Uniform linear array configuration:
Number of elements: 8
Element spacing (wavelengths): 0.75
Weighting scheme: kaiser
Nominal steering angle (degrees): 0
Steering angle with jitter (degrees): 1.399
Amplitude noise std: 0.05
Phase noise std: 0.05

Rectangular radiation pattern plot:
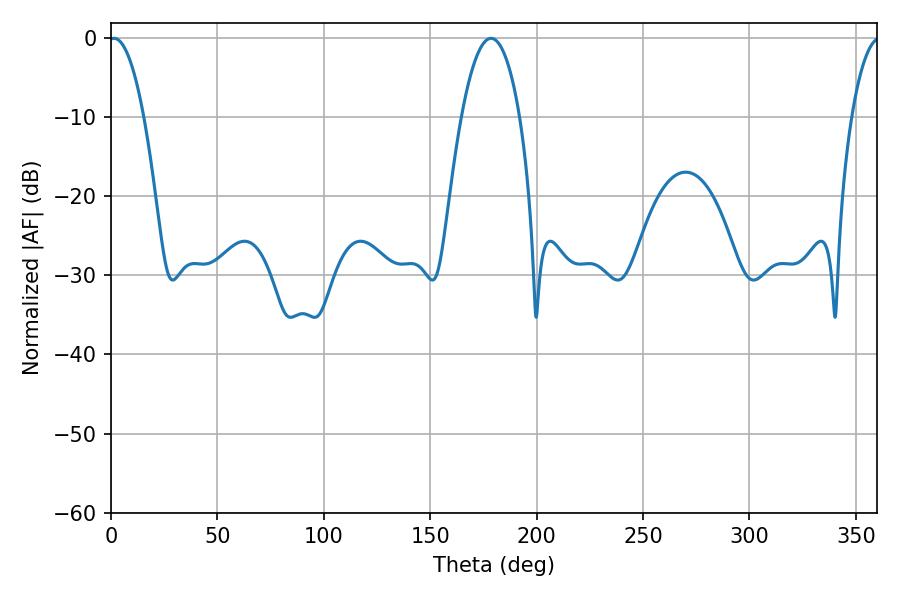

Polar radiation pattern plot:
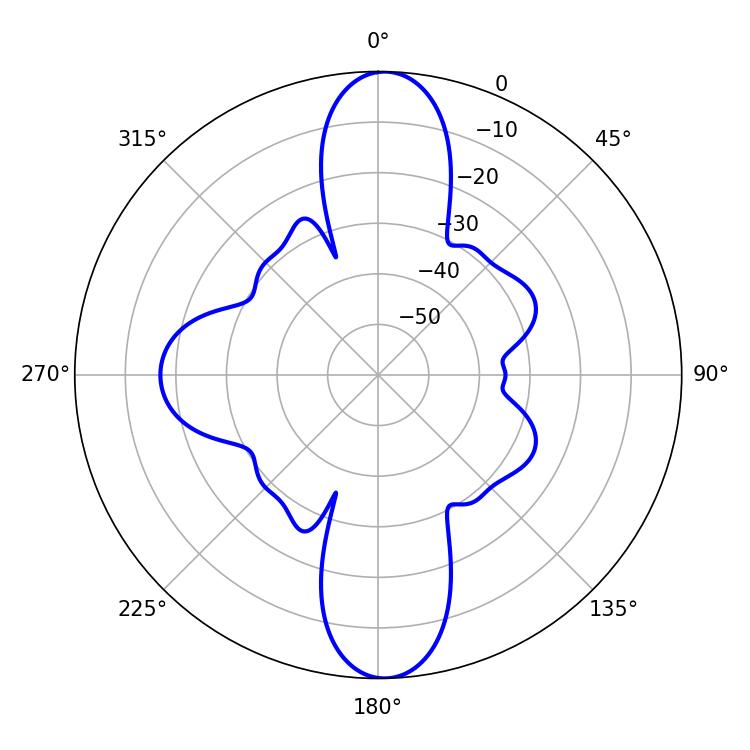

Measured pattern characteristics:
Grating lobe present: TRUE
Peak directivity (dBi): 24.106
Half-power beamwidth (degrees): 9.18
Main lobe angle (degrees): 1.44